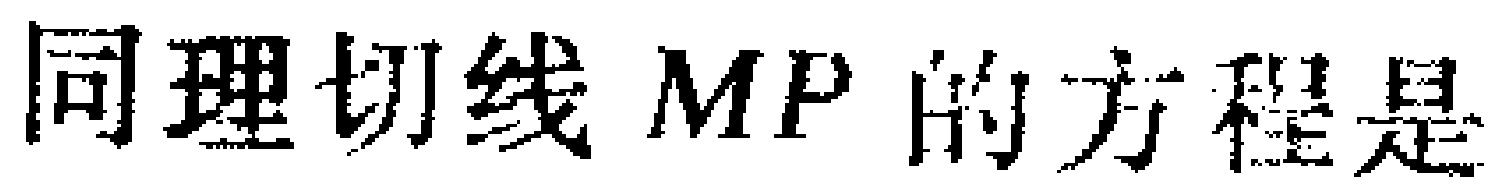
同理切线 \(MP\) 的方程是